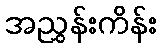
အညွှန်းကိန်း